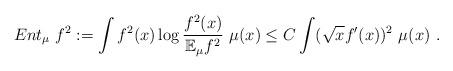
LaTeX: \begin{align*}Ent_\mu~f^2 := \int f^2(x) \log \frac{f^2(x)}{\mathbb{E}_\mu f^2} ~\mu(x) \leq C \int (\sqrt x f'(x))^2~\mu(x)\ .\end{align*}